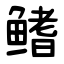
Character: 鳍